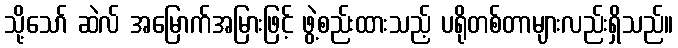
သို့သော် ဆဲလ် အမြောက်အမြားဖြင့် ဖွဲ့စည်းထားသည့် ပရိုတစ်တာများလည်းရှိသည်။